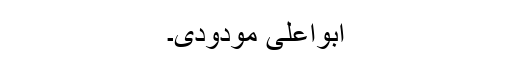
ابواعلیٰ مودودی۔